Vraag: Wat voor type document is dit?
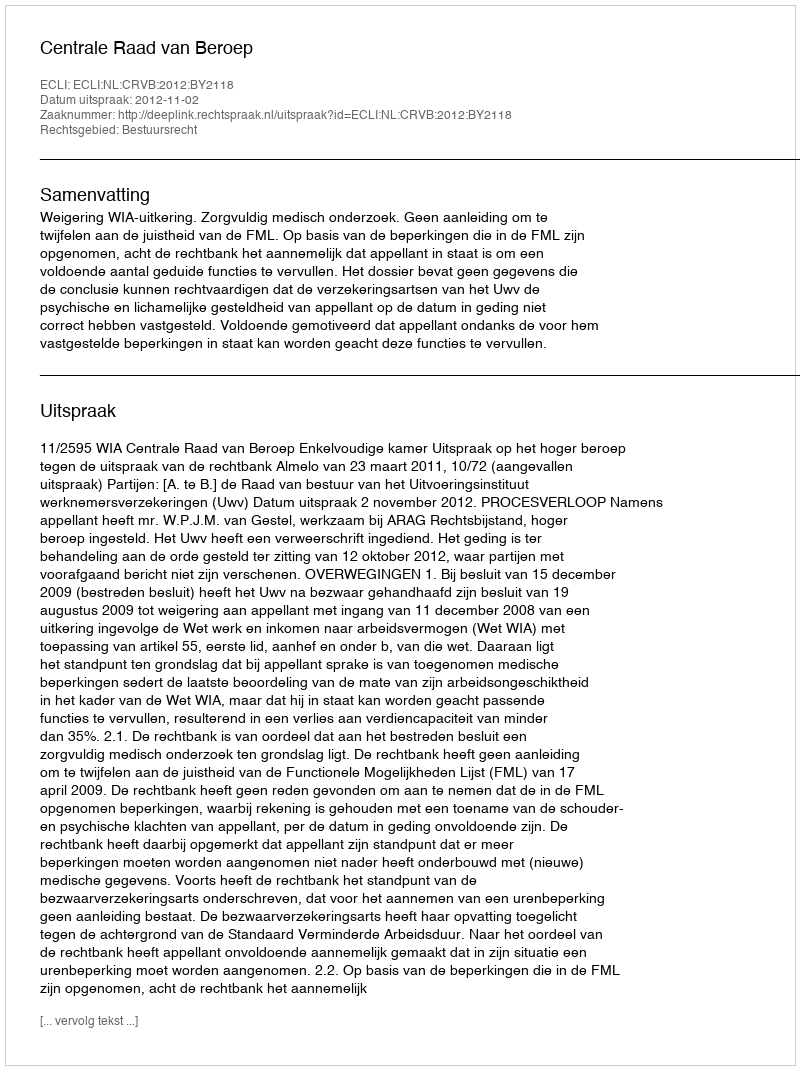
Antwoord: Uitspraak